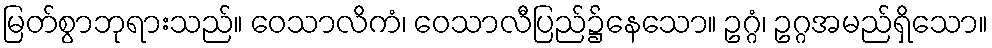
မြတ်စွာဘုရားသည်။ ဝေသာလိကံ၊ ဝေသာလီပြည်၌နေသော။ ဥဂ္ဂံ၊ ဥဂ္ဂအမည်ရှိသော။